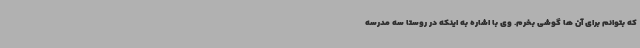
که بتوانم برای آن ها گوشی بخرم. وی با اشاره به اینکه در روستا سه مدرسه